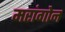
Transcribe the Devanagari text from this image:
मरांगोन